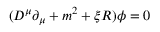
( D ^ { \mu } \partial _ { \mu } + m ^ { 2 } + \xi R ) \phi = 0